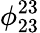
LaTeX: \phi_{23}^{23}